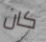
كان